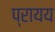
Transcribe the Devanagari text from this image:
प्रायय